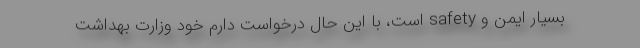
بسیار ایمن و safety است، با این حال درخواست دارم خود وزارت بهداشت